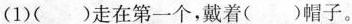
(1)( )走在第一个，戴着( )帽子。